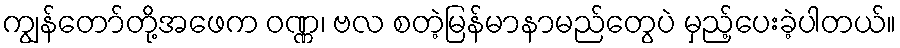
ကျွန်တော်တို့အဖေက ဝဏ္ဏ၊ ဗလ စတဲ့မြန်မာနာမည်တွေပဲ မှည့်ပေးခဲ့ပါတယ်။